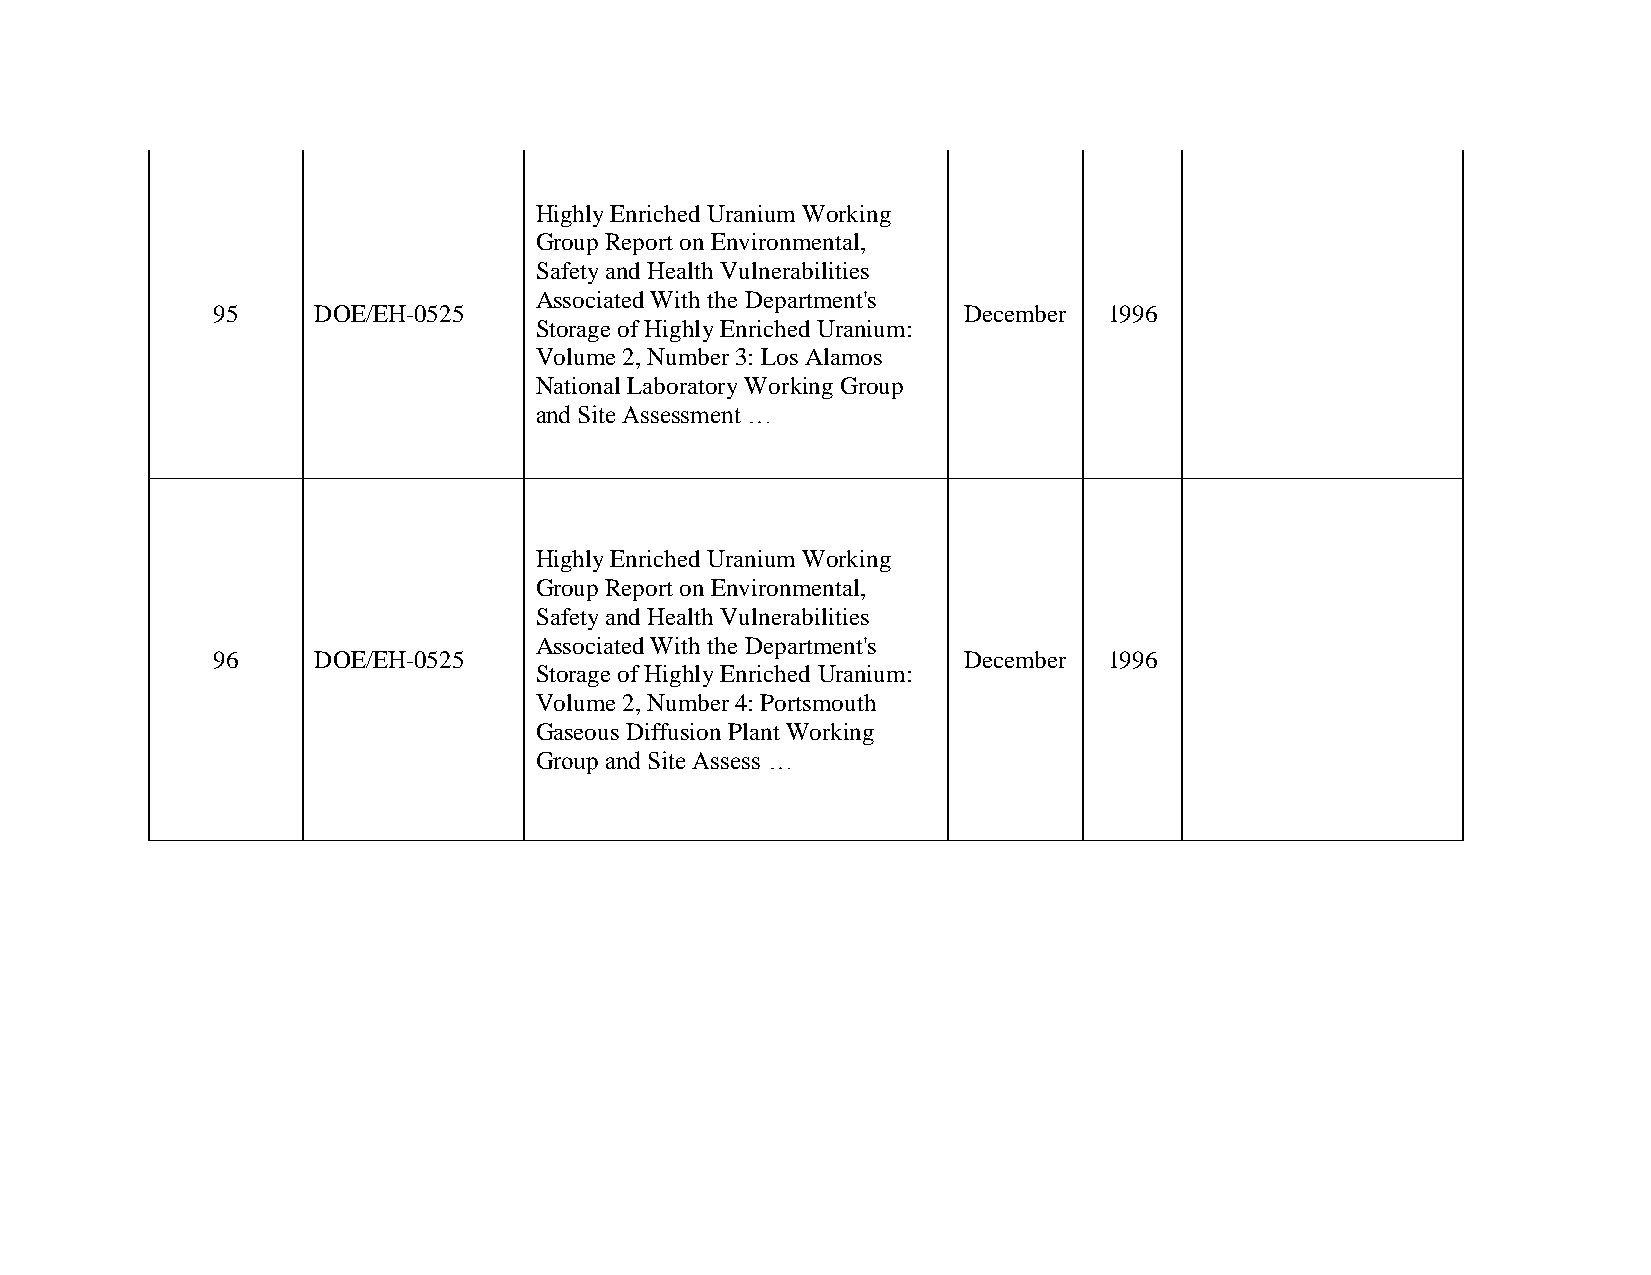
Highly Enriched Uranium Working
 Group Report on Environmental,
 Safety and Health Vulnerabilities
 Associated With the Department's
 95     DOE/EH-0525                                December 1996
 Storage of Highly Enriched Uranium:
 Volume 2, Number 3: Los Alamos
 National Laboratory Working Group
 and Site Assessment …
 Highly Enriched Uranium Working
 Group Report on Environmental,
 Safety and Health Vulnerabilities
 Associated With the Department's
 96     DOE/EH-0525                                December 1996
 Storage of Highly Enriched Uranium:
 Volume 2, Number 4: Portsmouth
 Gaseous Diffusion Plant Working
 Group and Site Assess …